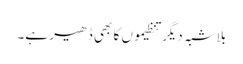
بلاشبہ دیگر تنظیموں کا بھی ڈھیر ہے۔